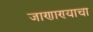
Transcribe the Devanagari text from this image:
जाणाण्याचा